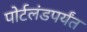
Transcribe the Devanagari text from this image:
पोर्टलंडपर्यंत